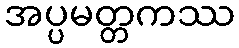
အပ္ပမတ္တကဿ